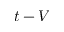
t - V